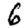
Digit: 6